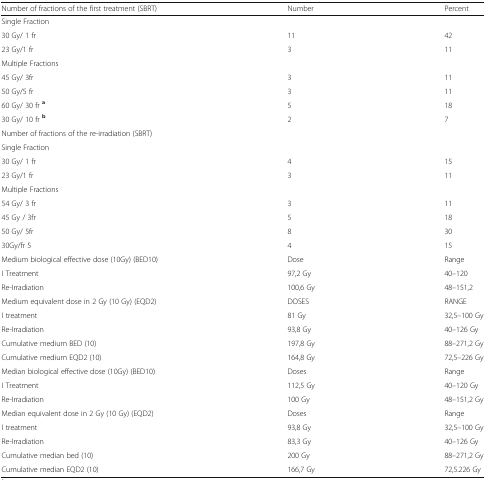
<table><thead><tr><td><b>Number of fractions of the first treatment (SBRT)</b></td><td><b>Number</b></td><td><b>Percent</b></td></tr></thead><tbody><tr><td colspan="3">Single Fraction</td></tr><tr><td>30 Gy/ 1 fr</td><td>11</td><td>42</td></tr><tr><td>23 Gy/1 fr</td><td>3</td><td>11</td></tr><tr><td colspan="3">Multiple Fractions</td></tr><tr><td>45 Gy/ 3fr</td><td>3</td><td>11</td></tr><tr><td>50 Gy/5 fr</td><td>3</td><td>11</td></tr><tr><td>60 Gy/ 30 fr <sup><b>a</b></sup></td><td>5</td><td>18</td></tr><tr><td>30 Gy/ 10 fr <sup><b>b</b></sup></td><td>2</td><td>7</td></tr><tr><td colspan="3">Number of fractions of the re-irradiation (SBRT)</td></tr><tr><td colspan="3">Single Fraction</td></tr><tr><td>30 Gy/ 1 fr</td><td>4</td><td>15</td></tr><tr><td>23 Gy/1 fr</td><td>3</td><td>11</td></tr><tr><td>Multiple Fractions</td><td></td><td></td></tr><tr><td>54 Gy/ 3 fr</td><td>3</td><td>11</td></tr><tr><td>45 Gy / 3fr</td><td>5</td><td>18</td></tr><tr><td>50 Gy/ 5fr</td><td>8</td><td>30</td></tr><tr><td>30Gy/fr 5</td><td>4</td><td>15</td></tr><tr><td>Medium biological effective dose (10Gy) (BED10)</td><td>Dose</td><td>Range</td></tr><tr><td>I Treatment</td><td>97,2 Gy</td><td>40–120</td></tr><tr><td>Re-Irradiation</td><td>100,6 Gy</td><td>48–151,2</td></tr><tr><td>Medium equivalent dose in 2 Gy (10 Gy) (EQD2)</td><td>DOSES</td><td>RANGE</td></tr><tr><td>I treatment</td><td>81 Gy</td><td>32,5–100 Gy</td></tr><tr><td>Re-Irradiation</td><td>93,8 Gy</td><td>40–126 Gy</td></tr><tr><td>Cumulative medium BED (10)</td><td>197,8 Gy</td><td>88–271,2 Gy</td></tr><tr><td>Cumulative medium EQD2 (10)</td><td>164,8 Gy</td><td>72,5–226 Gy</td></tr><tr><td>Median biological effective dose (10Gy) (BED10)</td><td>Doses</td><td>Range</td></tr><tr><td>I Treatment</td><td>112,5 Gy</td><td>40–120 Gy</td></tr><tr><td>Re-Irradiation</td><td>100 Gy</td><td>48–151,2 Gy</td></tr><tr><td>Median equivalent dose in 2 Gy (10 Gy) (EQD2)</td><td>Doses</td><td>Range</td></tr><tr><td>I treatment</td><td>93,8 Gy</td><td>32,5–100 Gy</td></tr><tr><td>Re-Irradiation</td><td>83,3 Gy</td><td>40–126 Gy</td></tr><tr><td>Cumulative median bed (10)</td><td>200 Gy</td><td>88–271,2 Gy</td></tr><tr><td>Cumulative median EQD2 (10)</td><td>166,7 Gy</td><td>72,5.226 Gy</td></tr></tbody></table>